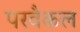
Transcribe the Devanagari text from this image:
परवैकल